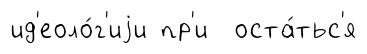
ид'еоло́г'иjи пр'и оста́тьс'я